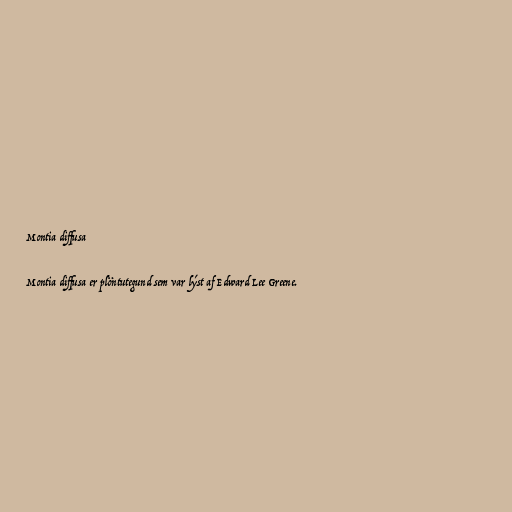
Montia diffusa

Montia diffusa er plöntutegund sem var lýst af Edward Lee Greene.